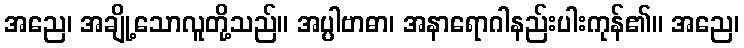
အညေ၊ အချို့သောလူတို့သည်။ အပ္ပါဗာဓာ၊ အနာရောဂါနည်းပါးကုန်၏။ အညေ၊